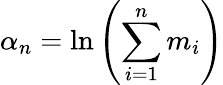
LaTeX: \alpha_{n}=\ln\left(\sum_{i=1}^{n}m_{i}\right)